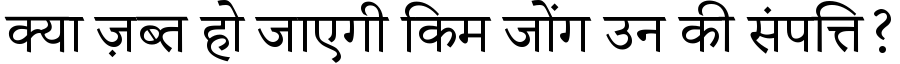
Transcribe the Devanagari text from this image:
क्या ज़ब्त हो जाएगी किम जोंग उन की संपत्ति?